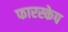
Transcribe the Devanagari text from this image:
फारस्केप